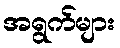
အရွက်များ